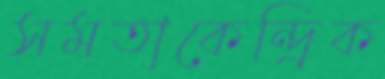
সমতাকেন্দ্রিক